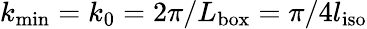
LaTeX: k_{\mathrm{min}}=k_{0}=2\pi/L_{\mathrm{box}}=\pi/4l_{\mathrm{iso}}